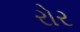
રોર